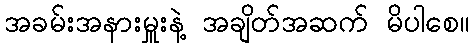
အခမ်းအနားမှူးနဲ့ အချိတ်အဆက် မိပါစေ။